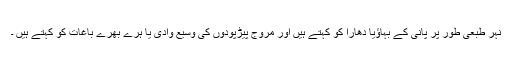
نہر طبعی طور پر پانی کے بہاؤیا دھارا کو کہتے ہیں اور مروج پیڑپودوں کی وسیع وادی یا ہرے بھرے باغات کو کہتے ہیں ۔